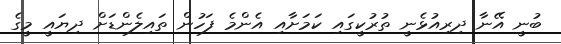
ބުނީ އޭނާ ދިރިއުޅެނީ ތުރުކީގައި ކަމަށާއި އެންމެ ފަހުން ތައިލެންޑަށް ދިޔައީ މީގެ